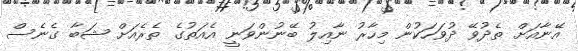
އޭނާއަށް ތެދުވޭ ދުވަހަކުން މިހާރު ނާއިލު ބޭނުންވަނީ އެއަތުގެ ތެރެއަށް ޝަބާ ގެނެސް